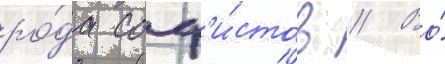
ро́да соф'и́стов // Во́